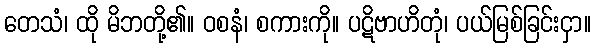
တေသံ၊ ထို မိဘတို့၏။ ဝစနံ၊ စကားကို။ ပဋိဗာဟိတုံ၊ ပယ်မြစ်ခြင်းငှာ။